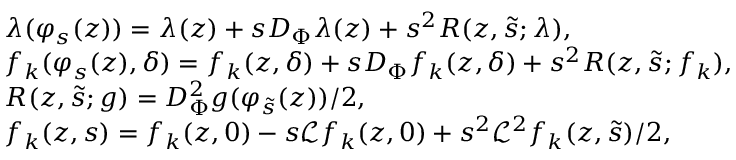
\begin{array} { r l } & { \lambda ( \varphi _ { s } ( z ) ) = \lambda ( z ) + s D _ { \Phi } \lambda ( z ) + s ^ { 2 } R ( z , \tilde { s } ; \lambda ) , } \\ & { f _ { k } ( \varphi _ { s } ( z ) , \delta ) = f _ { k } ( z , \delta ) + s D _ { \Phi } f _ { k } ( z , \delta ) + s ^ { 2 } R ( z , \tilde { s } ; f _ { k } ) , } \\ & { R ( z , \tilde { s } ; g ) = D _ { \Phi } ^ { 2 } g ( \varphi _ { \tilde { s } } ( z ) ) / 2 , } \\ & { f _ { k } ( z , s ) = f _ { k } ( z , 0 ) - s \mathcal { L } f _ { k } ( z , 0 ) + s ^ { 2 } \mathcal { L } ^ { 2 } f _ { k } ( z , \tilde { s } ) / 2 , } \end{array}